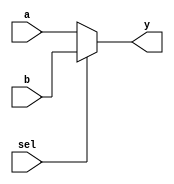
//-----------------------------------------------------------------------------
// Title         : 2-1 multiplexer
//-----------------------------------------------------------------------------

module mux2( sel, a, b, y );
    input sel;
    input  [31:0] a, b;
    output [31:0] y;

    assign y = sel ? b : a;
endmodule